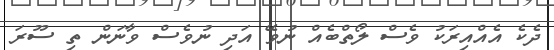
ދެކެ އެއްއިރަކު ވެސް ލޯތްބެއް ނުވޭ އަދި ނުވެސް ވާނަން ތި ސޫރަ